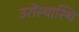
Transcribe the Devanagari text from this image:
उरोंस्यास्थि